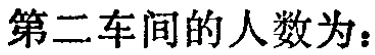
第二车间的人数为：